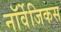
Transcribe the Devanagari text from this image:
नॉर्वेजिकस